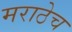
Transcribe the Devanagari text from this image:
मराठेच